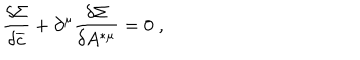
\frac { \delta \Sigma } { \delta \overline { { { c } } } } + \partial ^ { \mu } \frac { \delta \Sigma } { \delta A ^ { * \mu } } = 0 \; ,